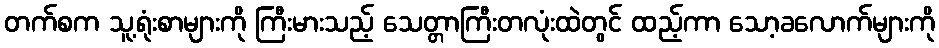
တက်စက သူ့ရုံးစာများကို ကြီးမားသည့် သေတ္တာကြီးတလုံးထဲတွင် ထည့်ကာ သော့ခလောက်များကို